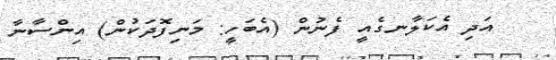
އަދި އެކަލާނގެއީ ފެނުން (އެބަހީ: މަނިފޮދަކުން) އިންސާނާ